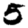
Digit: 5